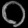
Digit: ၀